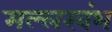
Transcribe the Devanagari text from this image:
मल्लखंभ